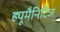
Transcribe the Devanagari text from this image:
ह्यूमैनिटिज